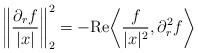
\begin{align*} \bigg\| \frac{\partial_rf}{|x|} \bigg\|_{2}^2 = - \mathrm{Re} \bigg\langle \frac{f}{|x|^2} , \partial_r^2 f \bigg\rangle\end{align*}